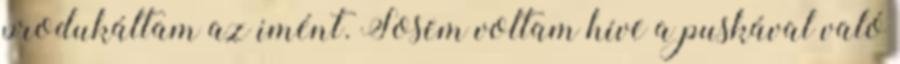
produkáltam az imént. Sosem voltam híve a puskával való